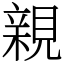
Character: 親